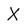
Character: X